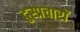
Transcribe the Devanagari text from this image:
दुस्प्रचारों